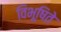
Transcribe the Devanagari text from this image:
विभूषिते